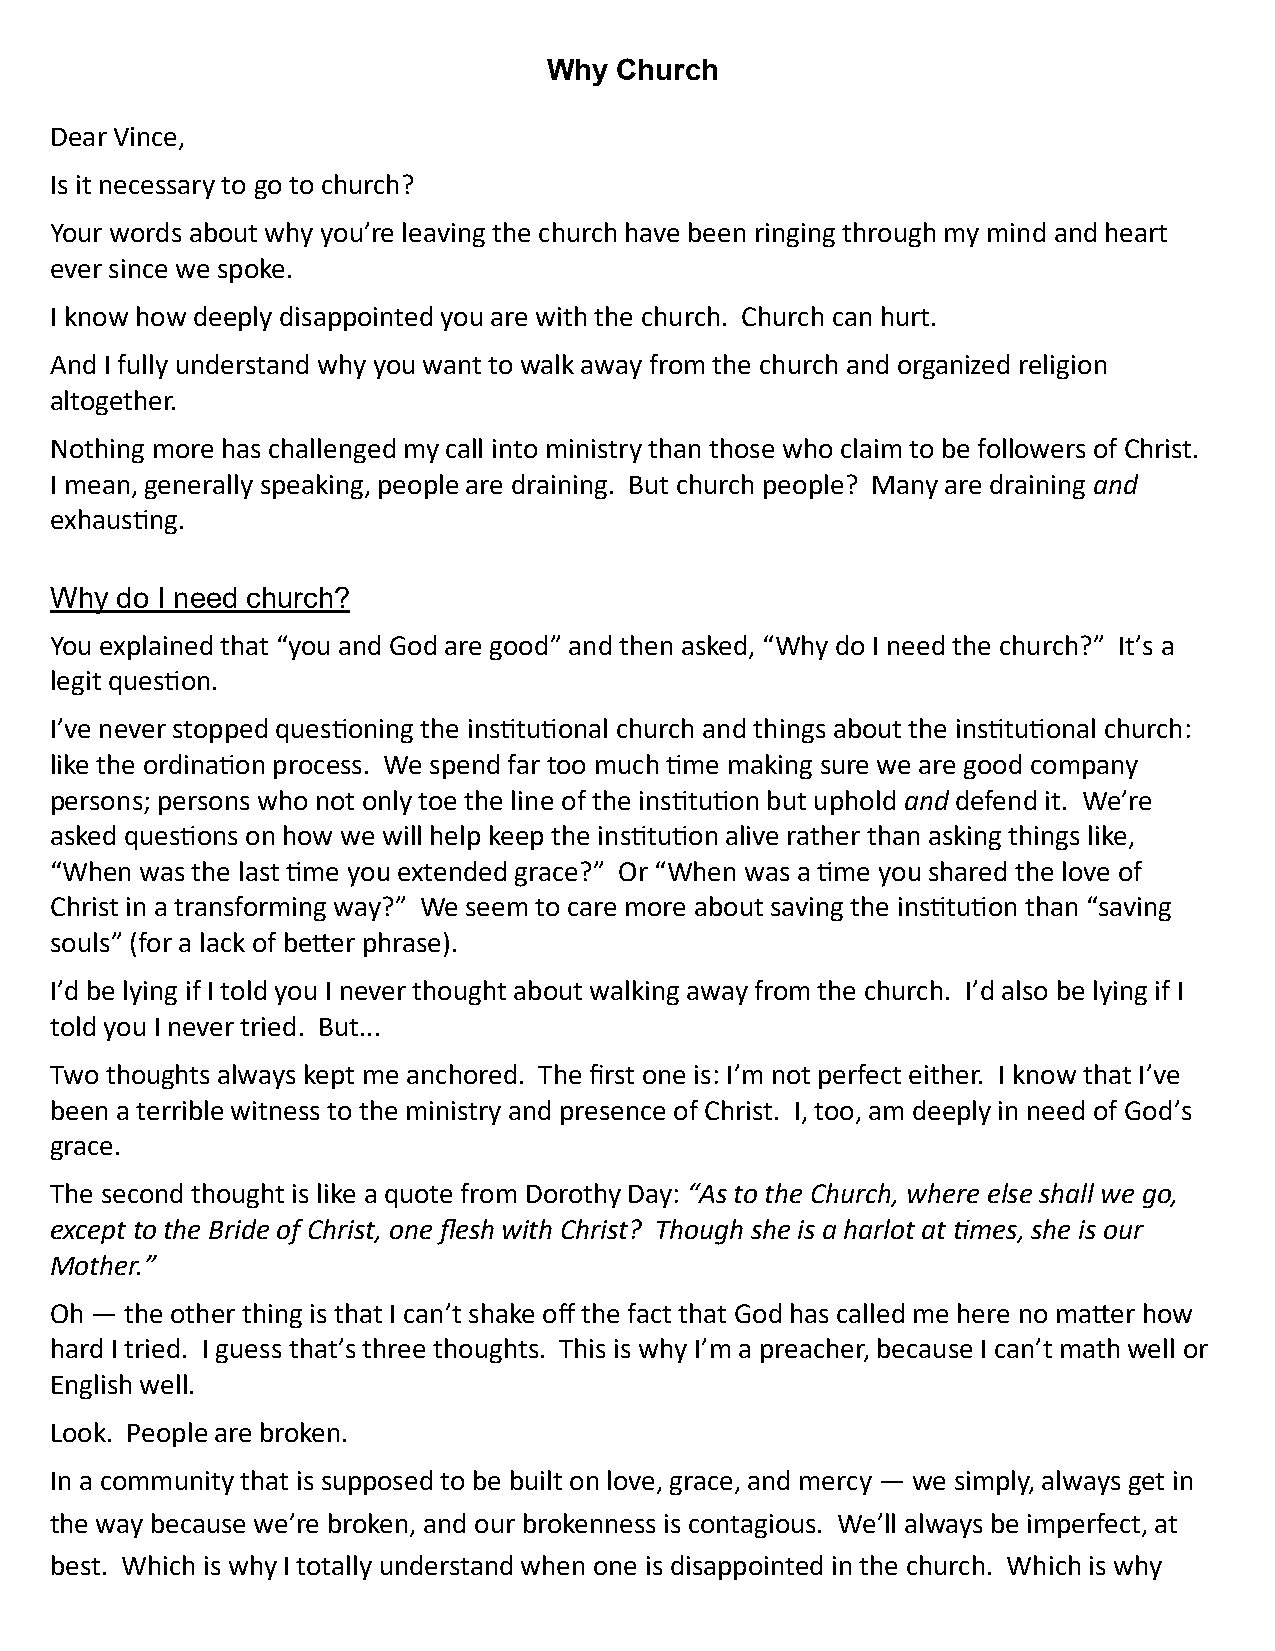
Why  Church
 Dear Vince,
 Is it necessary to go to church?
 Your words about why you’re leaving the church have been ringing through my mind and heart
 ever since we spoke.
 I know how deeply disappointed you are with the church. Church can hurt.
 And I fully understand why you want to walk away from the church and organized religion
 altogether.
 Nothing more has challenged my call into ministry than those who claim to be followers of Christ.
 I mean, generally speaking, people are draining. But church people? Many are draining and
 exhausting.
 Why  do I need church?
 You explained that “you and God are good” and then asked, “Why do I need the church?” It’s a
 legit question.
 I’ve never stopped questioning the institutional church and things about the institutional church:
 like the ordination process. We spend far too much time making sure we are good company
 persons; persons who not only toe the line of the institution but uphold and defend it. We’re
 asked questions on how we will help keep the institution alive rather than asking things like,
 “When was the last time you extended grace?” Or “When was a time you shared the love of
 Christ in a transforming way?” We seem to care more about saving the institution than “saving
 souls” (for a lack of better phrase).
 I’d be lying if I told you I never thought about walking away from the church. I’d also be lying if I
 told you I never tried. But...
 Two thoughts always kept me anchored. The first one is: I’m not perfect either. I know that I’ve
 been a terrible witness to the ministry and presence of Christ. I, too, am deeply in need of God’s
 grace.
 The second thought is like a quote from Dorothy Day: “As to the Church, where else shall we go,
 except to the Bride of Christ, one flesh with Christ? Though she is a harlot at times, she is our
 Mother.”
 Oh — the other thing is that I can’t shake off the fact that God has called me here no matter how
 hard I tried. I guess that’s three thoughts. This is why I’m a preacher, because I can’t math well or
 English well.
 Look. People are broken.
 In a community that is supposed to be built on love, grace, and mercy — we simply, always get in
 the way because we’re broken, and our brokenness is contagious. We’ll always be imperfect, at
 best. Which is why I totally understand when one is disappointed in the church. Which is why